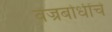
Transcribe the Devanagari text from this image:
वज्रबोधींचे